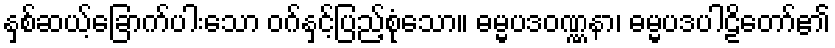
နှစ်ဆယ့်ခြောက်ပါးသော ဝဂ်နှင့်ပြည့်စုံသော။ ဓမ္မပဒဝဏ္ဏနာ၊ ဓမ္မပဒပါဠိတော်၏